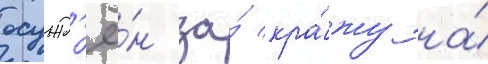
осужд'ё́н за́ кра́жу на́